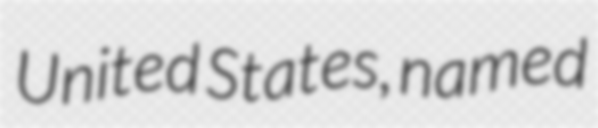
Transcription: United States, named